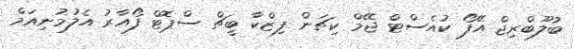
ބުލޫބްރިޖް އޭފޯ ކުއެސްޓް ޖޭމް ކިޗަން ފިޒްކާ ބީޗް ސްޕޮޓް ފޯއާރު އެލުމުނިއަމް